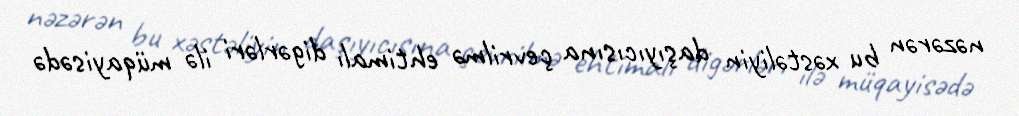
nəzərən bu xəstəliyin daşıyıcısına çevrilmə ehtimalı digərləri ilə müqayisədə